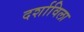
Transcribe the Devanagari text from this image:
दर्शाविला